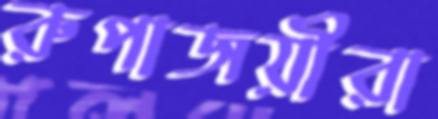
রুপাজয়ীরা